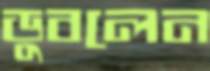
ডুবলেন